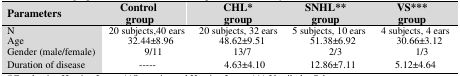
<table><thead><tr><td><b>Parameters</b></td><td colspan="2"><b>Control group</b></td><td><b>CHL* group</b></td><td><b>SNHL** group</b></td><td colspan="2"><b>VS*** group</b></td></tr></thead><tbody><tr><td colspan="2">N</td><td>20 subjects,40 ears</td><td>20 subjects, 32 ears</td><td colspan="2">5 subjects, 10 ears</td><td>4 subjects, 4 ears</td></tr><tr><td colspan="2">Age </td><td>32.44±8.96</td><td>48.62±9.51</td><td colspan="2">51.38±6.92</td><td>30.66±3.12</td></tr><tr><td colspan="2">Gender (male/female)</td><td>9/11</td><td>13/7</td><td colspan="2">2/3</td><td>1/3</td></tr></tbody></table>